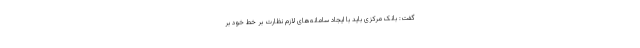
گفت: بانک مرکزی باید با ایجاد سامانه‌های لازم نظارت بر خط خود بر